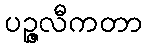
ပဉ္ဇလီကတာ